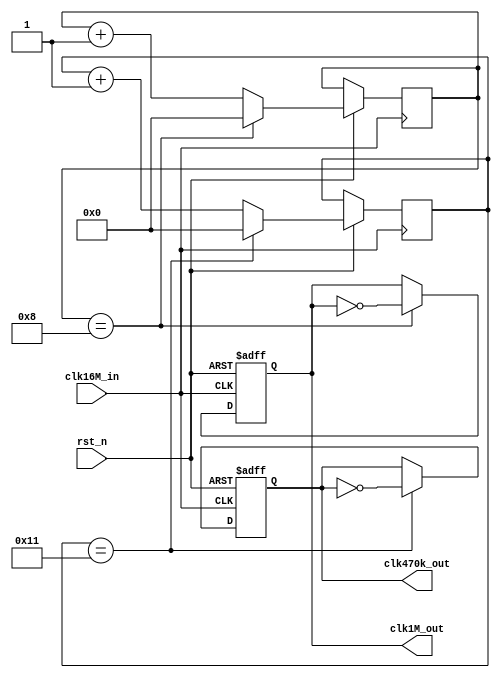
`timescale 1ns / 1ps
module clockDivider (
    input  wire clk16M_in,   // 
    input  wire rst_n,
    output reg clk470k_out,  // 
    output reg clk1M_out    // 
);

  reg [7:0] counter_1 = 8'd0;
  reg [7:0] counter_2 = 8'd0;

  always @(posedge clk16M_in or negedge rst_n) begin
    if (!rst_n) begin
      clk470k_out = 1'd0;
      clk1M_out  = 1'd0;
    end else begin

      if (counter_1 == 8'd17) begin  //13??
        counter_1 <= 8'd0;
        clk470k_out = ~clk470k_out;
      end else begin
        counter_1 <= counter_1 + 1'd1;  // 1
      end

      if (counter_2 == 8'd8) begin  //13??
        counter_2 <=8'd0;
        clk1M_out = ~clk1M_out;
      end else begin
        counter_2 <= counter_2 + 1'd1;  // 1
      end
    end
  end


endmodule